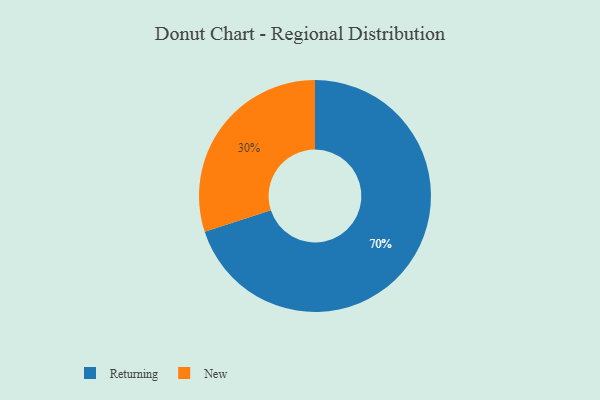
{"axis": {"x": "Category", "y": "Percentage"}, "legend": ["New", "Returning"], "data": [{"x": "Returning", "y": 70, "type": "Returning"}, {"x": "New", "y": 30, "type": "New"}]}